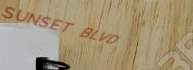
SUNSET BLVD